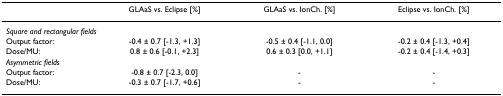
|  | GLAaS vs. Eclipse [%] | GLAaS vs. IonCh. [%] | Eclipse vs. IonCh. [%] |
 | --- | --- | --- | --- |
 | <COLSPAN=2> Square and rectangular fields |  |  |
 | Output factor: | -0.4 ± 0.7 [-1.3, +1.3] | -0.5 ± 0.4 [-1.1, 0.0] | -0.2 ± 0.4 [-1.3, +0.4] |
 | Dose/MU: | 0.8 ± 0.6 [-0.1, +2.3] | 0.6 ± 0.3 [0.0, +1.1] | -0.2 ± 0.4 [-1.4, +0.3] |
 | <COLSPAN=2> Asymmetric fields |  |  |
 | Output factor: | -0.8 ± 0.7 [-2.3, 0.0] | - | - |
 | Dose/MU: | -0.3 ± 0.7 [-1.7, +0.6] | - | - |